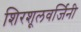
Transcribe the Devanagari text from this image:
शिरशूलवर्जिनी